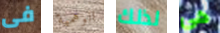
فى الوهمية لذلك هي